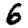
Digit: 6